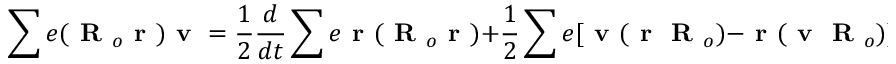
\sum e ( \textbf { R } _ { o } \textbf { r } ) \textbf { v } = \frac { 1 } { 2 } \frac { d } { d t } \sum e \textbf { r } ( \textbf { R } _ { o } \textbf { r } ) + \frac { 1 } { 2 } \sum e [ \textbf { v } ( \textbf { r } \textbf { R } _ { o } ) - \textbf { r } ( \textbf { v } \textbf { R } _ { o } ) ]